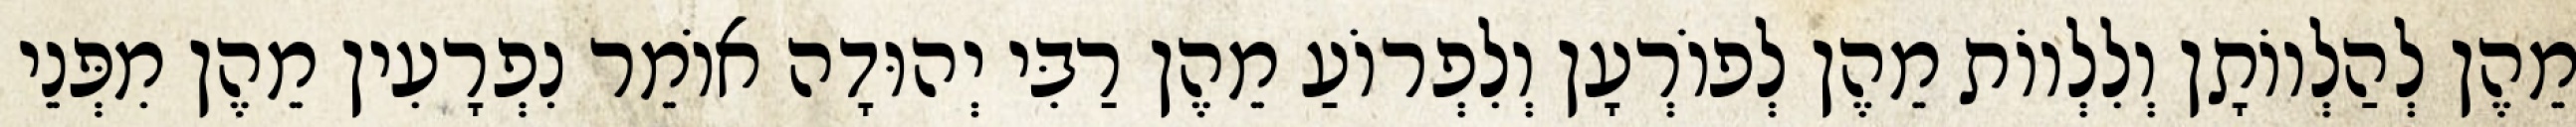
מֵהֶן לְהַלְווֹתָן וְלִלְווֹת מֵהֶן לְפוֹרְעָן וְלִפְרוֹעַ מֵהֶן רַבִּי יְהוּדָה אוֹמֵר נִפְרָעִין מֵהֶן מִפְּנֵי